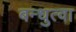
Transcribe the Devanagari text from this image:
बन्धुत्वा